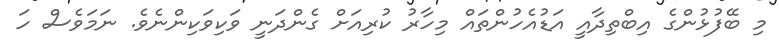
މި ބޭފުޅުންގެ އިބްތިދާއީ އަޑުއެހުންތައް މިހާރު ކުރިއަށް ގެންދަނީ ވަކިވަކިންނެވެ. ނަމަވެސް ހަ